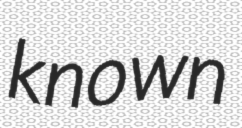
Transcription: known